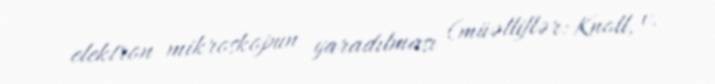
elektron mikroskopun yaradılması (müəlliflər: Knoll, v.